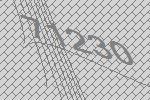
71230